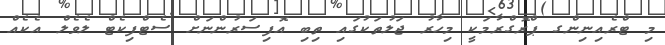
މި ޓްރެއިނިންގ ޕްރޮގްރާމަކީ މިހާރު ޖަލުތަކުގައި ތިބި އޮފިސަރުންނަށް ސެޓްފިކެޓް ލެވެލް އެކެއް